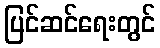
ပြင်ဆင်ရေးတွင်